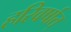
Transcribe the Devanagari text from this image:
हरिवर्षात्